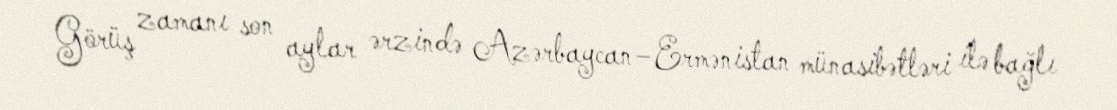
Görüş zamanı son aylar ərzində Azərbaycan–Ermənistan münasibətləri ilə bağlı